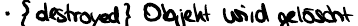
{destroyed} Objekt wird gelöscht